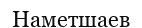
Наметшаев